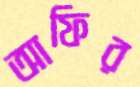
আফির